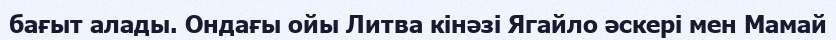
бағыт алады. Ондағы ойы Литва кінәзі Ягайло әскері мен Мамай